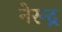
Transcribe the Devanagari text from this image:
नेरन्द्र